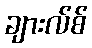
ချားလ်စ်